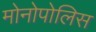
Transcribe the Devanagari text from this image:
मोनोपोलिस